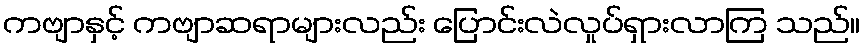
ကဗျာနှင့် ကဗျာဆရာများလည်း ပြောင်းလဲလှုပ်ရှားလာကြ သည်။